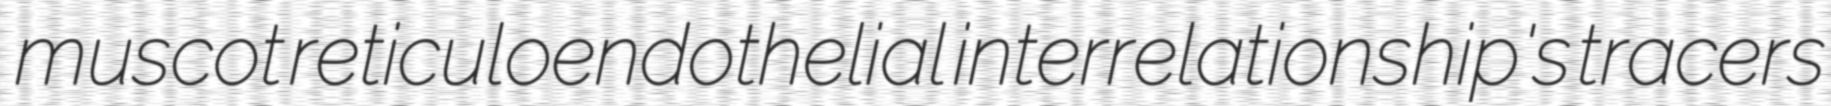
muscot reticuloendothelial interrelationship's tracers